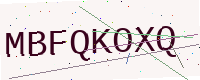
Text: MBFQKOXQ